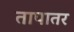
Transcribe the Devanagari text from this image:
तापातर